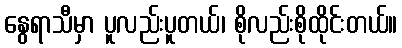
နွေရာသီမှာ ပူလည်းပူတယ်၊ စိုလည်းစိုထိုင်းတယ်။